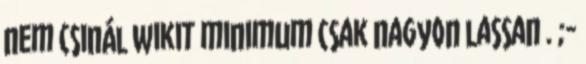
nem csinál wikit minimum csak nagyon lassan . ;-